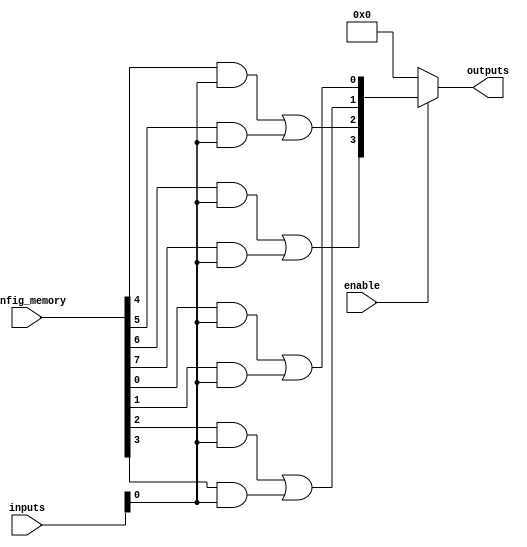
module CLB (
    input wire [N-1:0] inputs,         // Input signals
    input wire [M-1:0] config_memory,   // Configuration memory for AND gates
    input wire enable,                   // Control signal to enable the CLB
    output wire [P-1:0] outputs         // Output signals
);
    parameter N = 8; // Number of input signals
    parameter M = 16; // Number of product terms (AND gates)
    parameter P = 4;  // Number of output signals

    // Intermediate product terms
    wire [M-1:0] product_terms;

    // Generate AND gates based on configuration memory
    genvar i;
    generate
        for (i = 0; i < M; i = i + 1) begin : and_gates
            assign product_terms[i] = (config_memory[i] & inputs);
        end
    endgenerate

    // OR gates to combine product terms
    wire [P-1:0] or_outputs;
    assign or_outputs[0] = product_terms[0] | product_terms[1]; // Example combination
    assign or_outputs[1] = product_terms[2] | product_terms[3]; // Example combination
    assign or_outputs[2] = product_terms[4] | product_terms[5]; // Example combination
    assign or_outputs[3] = product_terms[6] | product_terms[7]; // Example combination

    // Output logic with enable control
    assign outputs = enable ? or_outputs : {P{1'b0}}; // Outputs are zero if not enabled

endmodule